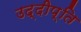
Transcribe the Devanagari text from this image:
उद्दीप्ति